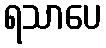
ရသာပေ